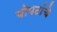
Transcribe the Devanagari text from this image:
पोपटांचे